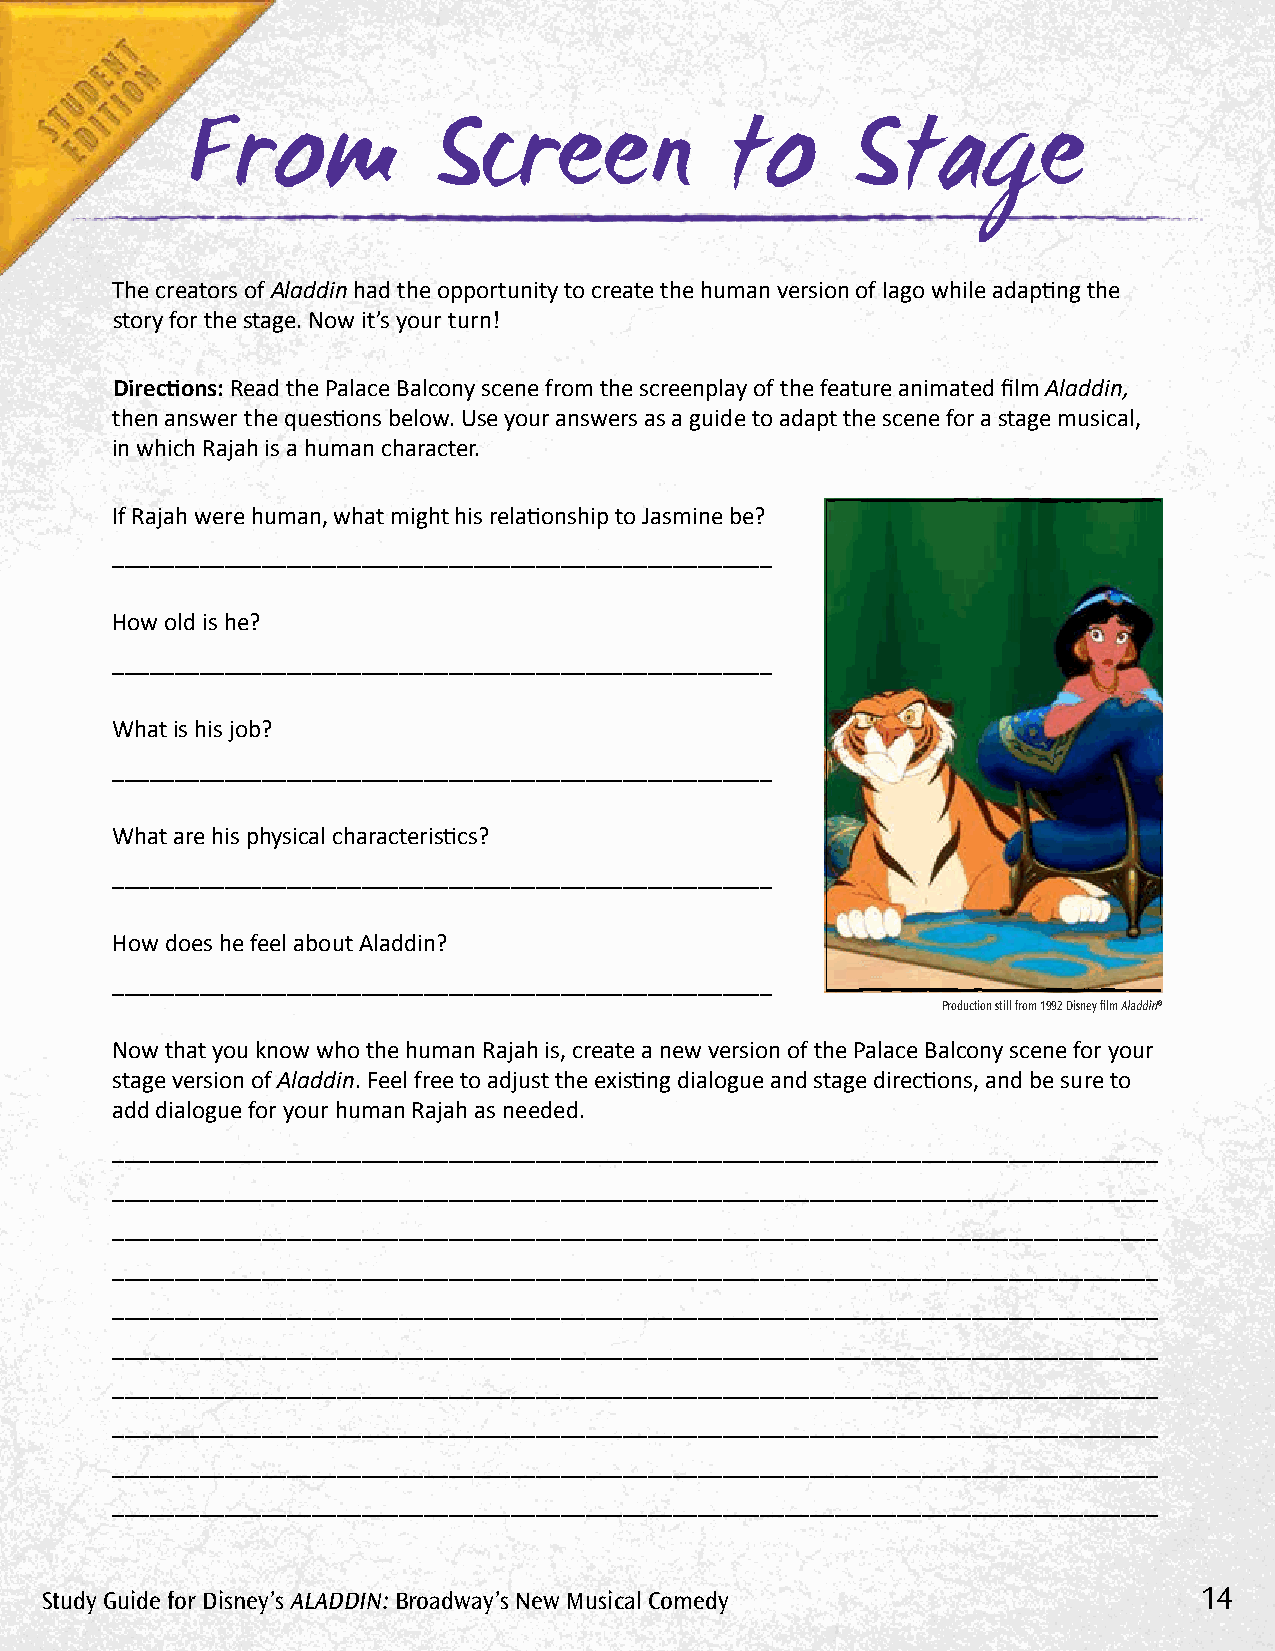
From             Screen             to      Stage
 The creators of Aladdin had the opportunity to create the human version of Iago while adapting the
 story for the stage. Now it’s your turn!
 Directions: Read the Palace Balcony scene from the screenplay of the feature animated film Aladdin,
 then answer the questions below. use your answers as a guide to adapt the scene for a stage musical,
 in which Rajah is a human character.
 If Rajah were human, what might his relationship to Jasmine be?
 _____________________________________________________
 How old is he?
 _____________________________________________________
 What is his job?
 _____________________________________________________
 What are his physical characteristics?
 _____________________________________________________
 How does he feel about Aladdin?
 _____________________________________________________
 Production still from 1992 Disney film Aladdin®
 Now that you know who the human Rajah is, create a new version of the Palace Balcony scene for your
 stage version of Aladdin. Feel free to adjust the existing dialogue and stage directions, and be sure to
 add dialogue for your human Rajah as needed.
 ____________________________________________________________________________________
 ____________________________________________________________________________________
 ____________________________________________________________________________________
 ____________________________________________________________________________________
 ____________________________________________________________________________________
 ____________________________________________________________________________________
 ____________________________________________________________________________________
 ____________________________________________________________________________________
 ____________________________________________________________________________________
 ____________________________________________________________________________________
 Study Guide for Disney’s AlADDin: Broadway’s new Musical Comedy             14